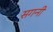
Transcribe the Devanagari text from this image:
सगनी